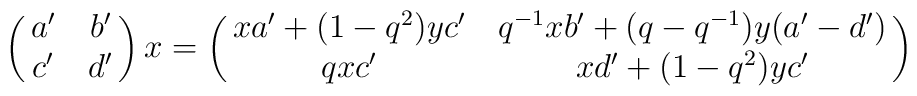
\pmatrix{a'&b'\cr c'&d'}x=\pmatrix{ xa'+(1-q^2)yc'&q^{-1}xb'+(q-q^{-1})y(a'-d')\cr qxc'& xd'+ (1-q^2)yc'}